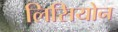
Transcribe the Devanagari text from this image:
लिसियोन